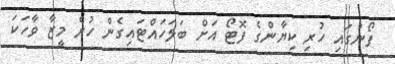
ފޯނުގައި ހުރި ކިޔާންގެ ފޮޓޯ އަށް ބަލަހައްޓައިގެން ހުރެ މީޒާ ވާހަކަ